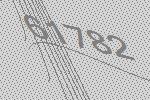
61782